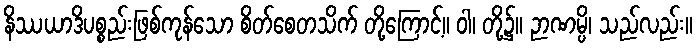
နိဿယာဒိပစ္စည်းဖြစ်ကုန်သော စိတ်စေတသိက် တို့ကြောင့်။ ဝါ၊ တို့၌။ ဉာဏမ္ပိ၊ သည်လည်း။